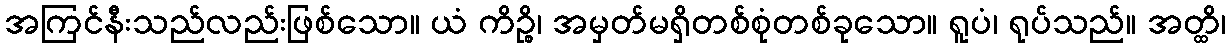
အကြင်နီးသည်လည်းဖြစ်သော။ ယံ ကိဉ္စိ၊ အမှတ်မရှိတစ်စုံတစ်ခုသော။ ရူပံ၊ ရုပ်သည်။ အတ္ထိ၊